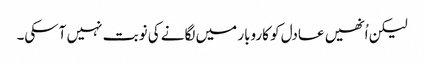
لیکن اُنھیں عادل کو کاروبار میں لگانے کی نوبت نہیں آسکی۔